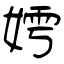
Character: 嫮